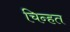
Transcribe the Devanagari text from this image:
चिन्हत